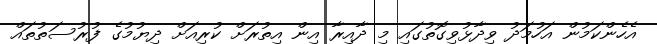
އެހެންކަމުން އަހުމަދު ވިދާޅުވިގޮތުގައި މި ދާއިރާ އިން އިތުރަށް ކުރިއަށް ދިޔުމުގެ ފުރުސަތުތައް